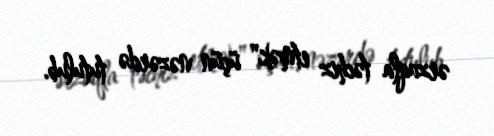
ərzaqla təchiz etmək" üçün nəzərdə tutulub.